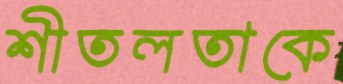
শীতলতাকে